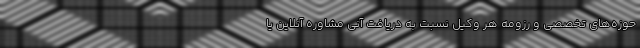
حوزه‌های تخصصی و رزومه هر وکیل نسبت به دریافت آنی مشاوره آنلاین یا